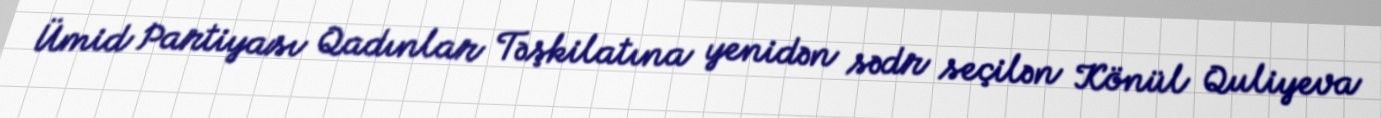
Ümid Partiyası Qadınlar Təşkilatına yenidən sədr seçilən Könül Quliyeva